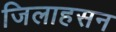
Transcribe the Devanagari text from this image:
जिलाहसन